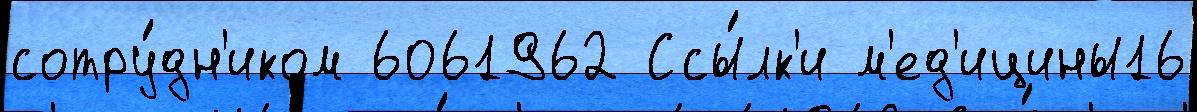
сотру́дн'иком 6061962 Ссы́лк'и м'ед'ицины16